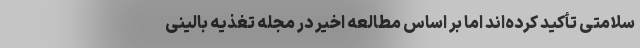
سلامتی تأکید کرده‌اند اما بر اساس مطالعه اخیر در مجله تغذیه بالینی